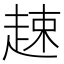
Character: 趚